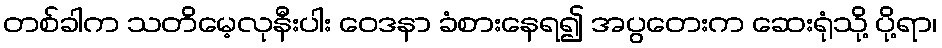
တစ်ခါက သတိမေ့လုနီးပါး ဝေဒနာ ခံစားနေရ၍ အပွတေးက ဆေးရုံသို့ ပို့ရာ၊